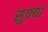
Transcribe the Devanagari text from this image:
सुफ़्यां